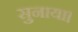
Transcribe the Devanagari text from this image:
सुनाया।